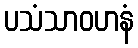
ပသံသာဝဟနံ